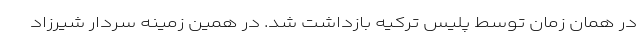
در همان زمان توسط پلیس ترکیه بازداشت شد. در همین زمینه سردار شیرزاد